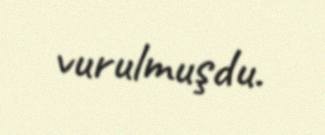
vurulmuşdu.